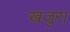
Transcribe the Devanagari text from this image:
खजुरा